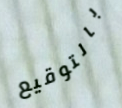
بالتوقيع